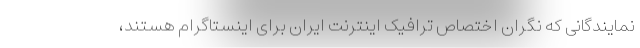
نمایندگانی که نگران اختصاص ترافیک اینترنت ایران برای اینستاگرام هستند،